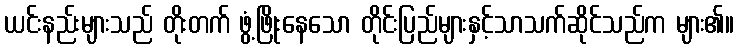
ယင်းနည်းများသည် တိုးတက် ဖွံ့ဖြိုးနေသော တိုင်းပြည်များနှင့်သာသက်ဆိုင်သည်က များ၏။